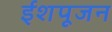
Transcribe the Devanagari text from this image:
ईशपूजन